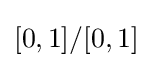
[0,1]/[0,1]